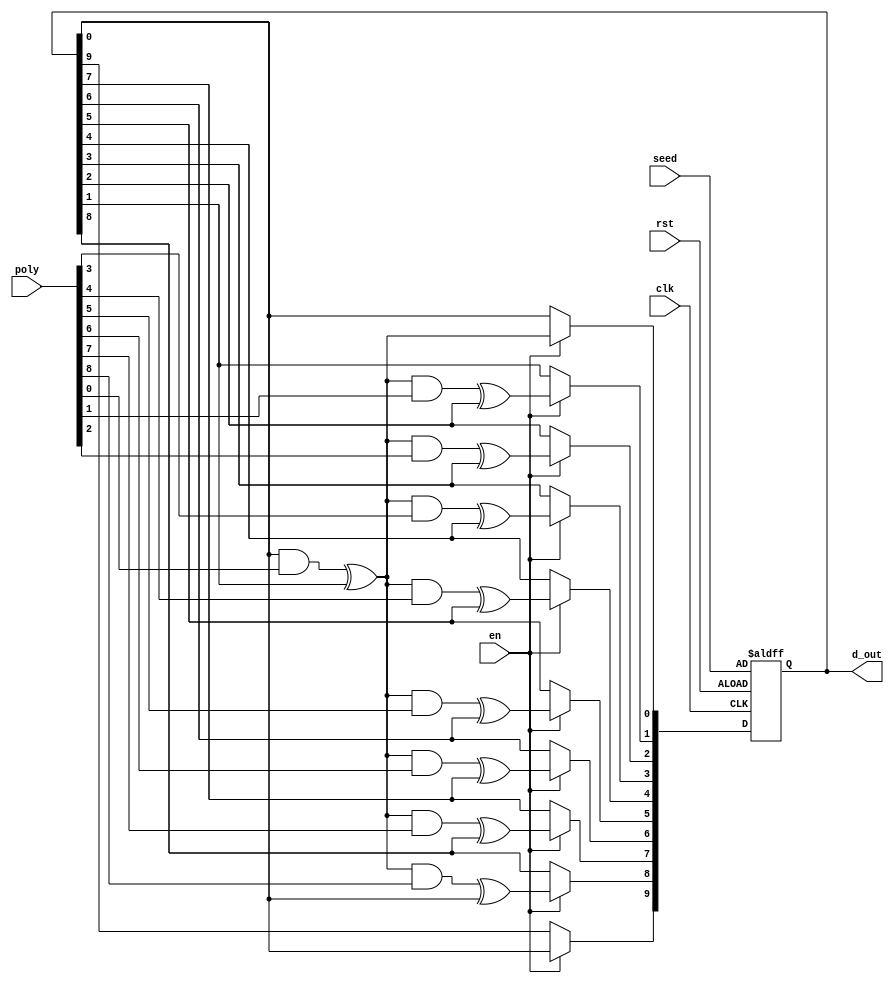
 
`timescale 1ns/1ns

module LFSR (clk, rst, en, poly, seed, d_out);

   input clk, rst, en;
   input [9:0] seed;
   input [9:0] poly;
   output reg [9:0] d_out;
   integer i;

   always @(posedge clk or posedge rst) begin
      if(rst == 1'b1) 
         d_out = seed;
      else if(en == 1'b1)begin	
         d_out[9] = d_out[0];
         for(i = 0; i < 9; i = i + 1) begin
            d_out[i] = (d_out[0] & poly[i]) ^ d_out[i + 1];
         end //for
      end
   end

endmodule